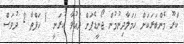
ކްރޫ މެންބަރަކަށް ހަމަލާދިނުމުން ޖޯނީޑެޕަށް ދައުވާ ކުރަނީ 1 ހަފްތާ 2 ދުވަސް